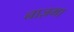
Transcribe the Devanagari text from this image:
नाज़मा